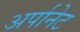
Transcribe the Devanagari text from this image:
अर्पानेट